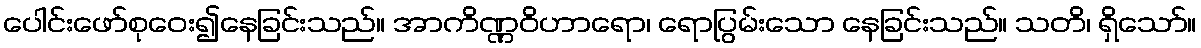
ပေါင်းဖော်စုဝေး၍နေခြင်းသည်။ အာကိဏ္ဏဝိဟာရော၊ ရောပြွမ်းသော နေခြင်းသည်။ သတိ၊ ရှိသော်။